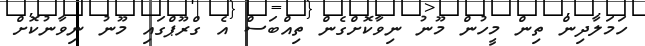
ހަމަލާދިން ތިން މީހުން މޫނު ނިވާކޮށްގެން ތިއްބަސް އެ ގްރޫޕްގައި މޫނު ނިވާނުކޮށް